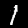
Digit: 1